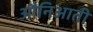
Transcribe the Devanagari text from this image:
औनिआती